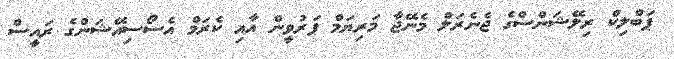
ޕަބްލިކް ރިލޭޝަންސްގެ ޖެނެރަލް މެނޭޖާ މަރިޔަމް ޕަރުވީން އާއި ކެރަމް އެސޯސިއޭޝަންގެ ރައީސް